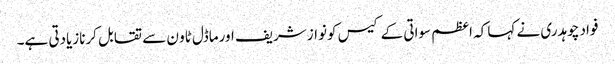
فواد چوہدری نے کہا کہ اعظم سواتی کے کیس کونواز شریف اورماڈل ٹاو ن سے تقابل کرنازیادتی ہے۔